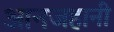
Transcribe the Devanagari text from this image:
आनजहानी